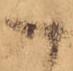
こ